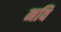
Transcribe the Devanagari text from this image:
नवि